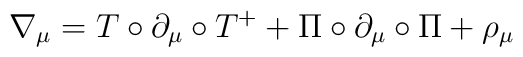
\nabla _{\mu }=T\circ \partial _{\mu }\circ T^{+}+\Pi \circ \partial _{\mu}\circ \Pi +\rho _{\mu }